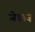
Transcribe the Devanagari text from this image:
जेन्नाज़